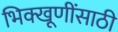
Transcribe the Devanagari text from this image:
भिक्खूणींसाठी